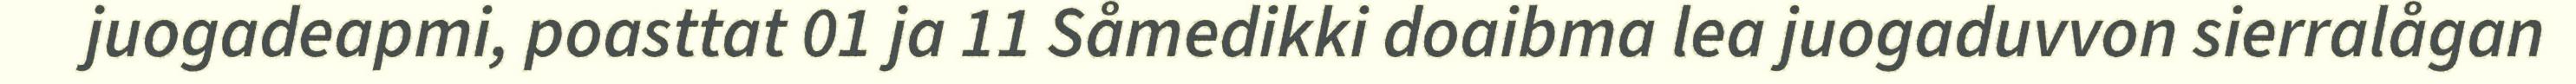
juogadeapmi, poasttat 01 ja 11 Såmedikki doaibma lea juogaduvvon sierralågan